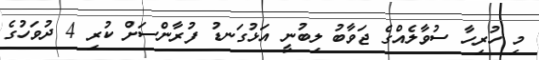
މި ހުރިހާ ސުވާލެއްގެ ޖަވާބު ލިބުނީ އަޅުގަނޑު ފުރާންސަށް ކުރި 4 ދުވަހުގެ